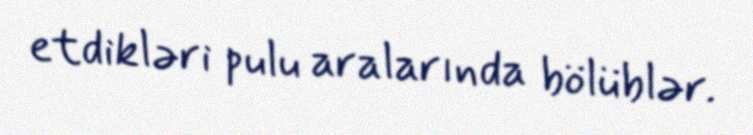
etdikləri pulu aralarında bölüblər.